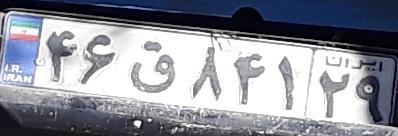
۴۶ق۸۴۱۲۹